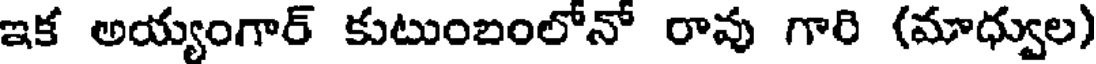
ఇక అయ్యంగార్ కుటుంబంలోనో రావు గారి (మాధ్వుల)